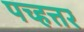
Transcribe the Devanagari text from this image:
पच्हत्तर